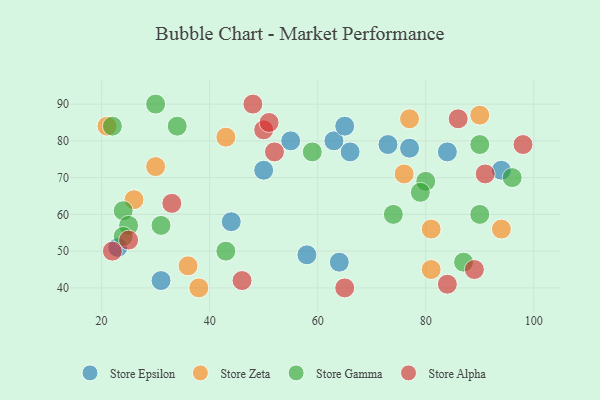
{"axis": {"x": "GDP", "y": "Life Expectancy"}, "legend": ["Store Alpha", "Store Epsilon", "Store Gamma", "Store Zeta"], "data": [{"x": "73", "y": 79, "type": "Store Epsilon"}, {"x": "50", "y": 72, "type": "Store Epsilon"}, {"x": "63", "y": 80, "type": "Store Epsilon"}, {"x": "65", "y": 84, "type": "Store Epsilon"}, {"x": "44", "y": 58, "type": "Store Epsilon"}, {"x": "94", "y": 72, "type": "Store Epsilon"}, {"x": "58", "y": 49, "type": "Store Epsilon"}, {"x": "64", "y": 47, "type": "Store Epsilon"}, {"x": "84", "y": 77, "type": "Store Epsilon"}, {"x": "77", "y": 78, "type": "Store Epsilon"}, {"x": "31", "y": 42, "type": "Store Epsilon"}, {"x": "23", "y": 51, "type": "Store Epsilon"}, {"x": "66", "y": 77, "type": "Store Epsilon"}, {"x": "55", "y": 80, "type": "Store Epsilon"}, {"x": "43", "y": 81, "type": "Store Zeta"}, {"x": "81", "y": 45, "type": "Store Zeta"}, {"x": "21", "y": 84, "type": "Store Zeta"}, {"x": "76", "y": 71, "type": "Store Zeta"}, {"x": "30", "y": 73, "type": "Store Zeta"}, {"x": "81", "y": 56, "type": "Store Zeta"}, {"x": "26", "y": 64, "type": "Store Zeta"}, {"x": "38", "y": 40, "type": "Store Zeta"}, {"x": "36", "y": 46, "type": "Store Zeta"}, {"x": "77", "y": 86, "type": "Store Zeta"}, {"x": "90", "y": 87, "type": "Store Zeta"}, {"x": "94", "y": 56, "type": "Store Zeta"}, {"x": "59", "y": 77, "type": "Store Gamma"}, {"x": "43", "y": 50, "type": "Store Gamma"}, {"x": "30", "y": 90, "type": "Store Gamma"}, {"x": "24", "y": 61, "type": "Store Gamma"}, {"x": "25", "y": 57, "type": "Store Gamma"}, {"x": "90", "y": 60, "type": "Store Gamma"}, {"x": "90", "y": 79, "type": "Store Gamma"}, {"x": "31", "y": 57, "type": "Store Gamma"}, {"x": "74", "y": 60, "type": "Store Gamma"}, {"x": "34", "y": 84, "type": "Store Gamma"}, {"x": "80", "y": 69, "type": "Store Gamma"}, {"x": "87", "y": 47, "type": "Store Gamma"}, {"x": "96", "y": 70, "type": "Store Gamma"}, {"x": "24", "y": 54, "type": "Store Gamma"}, {"x": "79", "y": 66, "type": "Store Gamma"}, {"x": "22", "y": 84, "type": "Store Gamma"}, {"x": "48", "y": 90, "type": "Store Alpha"}, {"x": "25", "y": 53, "type": "Store Alpha"}, {"x": "33", "y": 63, "type": "Store Alpha"}, {"x": "65", "y": 40, "type": "Store Alpha"}, {"x": "89", "y": 45, "type": "Store Alpha"}, {"x": "46", "y": 42, "type": "Store Alpha"}, {"x": "84", "y": 41, "type": "Store Alpha"}, {"x": "52", "y": 77, "type": "Store Alpha"}, {"x": "98", "y": 79, "type": "Store Alpha"}, {"x": "50", "y": 83, "type": "Store Alpha"}, {"x": "86", "y": 86, "type": "Store Alpha"}, {"x": "22", "y": 50, "type": "Store Alpha"}, {"x": "91", "y": 71, "type": "Store Alpha"}, {"x": "51", "y": 85, "type": "Store Alpha"}]}